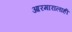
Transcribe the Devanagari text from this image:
आरमारालाही